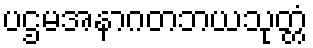
ပဌမအနာဂတဘယသုတ္တံ